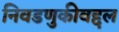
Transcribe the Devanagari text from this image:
निवडणुकीबद्दल